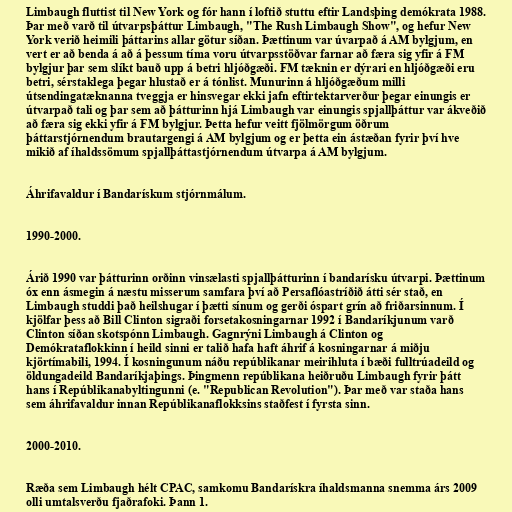
Limbaugh fluttist til New York og fór hann í loftið stuttu eftir Landsþing demókrata 1988.
Þar með varð til útvarpsþáttur Limbaugh, "The Rush Limbaugh Show", og hefur New
York verið heimili þáttarins allar götur síðan. Þættinum var úvarpað á AM bylgjum, en
vert er að benda á að á þessum tíma voru útvarpsstöðvar farnar að færa sig yfir á FM
bylgjur þar sem slíkt bauð upp á betri hljóðgæði. FM tæknin er dýrari en hljóðgæði eru
betri, sérstaklega þegar hlustað er á tónlist. Munurinn á hljóðgæðum milli
útsendingatæknanna tveggja er hinsvegar ekki jafn eftirtektarverður þegar einungis er
útvarpað tali og þar sem að þátturinn hjá Limbaugh var einungis spjallþáttur var ákveðið
að færa sig ekki yfir á FM bylgjur. Þetta hefur veitt fjölmörgum öðrum
þáttarstjórnendum brautargengi á AM bylgjum og er þetta ein ástæðan fyrir því hve
mikið af íhaldssömum spjallþáttastjórnendum útvarpa á AM bylgjum.

Áhrifavaldur í Bandarískum stjórnmálum.

1990-2000.

Árið 1990 var þátturinn orðinn vinsælasti spjallþátturinn í bandarísku útvarpi. Þættinum
óx enn ásmegin á næstu misserum samfara því að Persaflóastríðið átti sér stað, en
Limbaugh studdi það heilshugar í þætti sínum og gerði óspart grín að friðarsinnum. Í
kjölfar þess að Bill Clinton sigraði forsetakosningarnar 1992 í Bandaríkjunum varð
Clinton síðan skotspónn Limbaugh. Gagnrýni Limbaugh á Clinton og
Demókrataflokkinn í heild sinni er talið hafa haft áhrif á kosningarnar á miðju
kjörtímabili, 1994. Í kosningunum náðu repúblikanar meirihluta í bæði fulltrúadeild og
öldungadeild Bandaríkjaþings. Þingmenn repúblikana heiðruðu Limbaugh fyrir þátt
hans í Repúblikanabyltingunni (e. "Republican Revolution"). Þar með var staða hans
sem áhrifavaldur innan Repúblikanaflokksins staðfest í fyrsta sinn.

2000-2010.

Ræða sem Limbaugh hélt CPAC, samkomu Bandarískra íhaldsmanna snemma árs 2009
olli umtalsverðu fjaðrafoki. Þann 1.